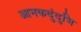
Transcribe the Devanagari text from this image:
आनकदुंदुभि